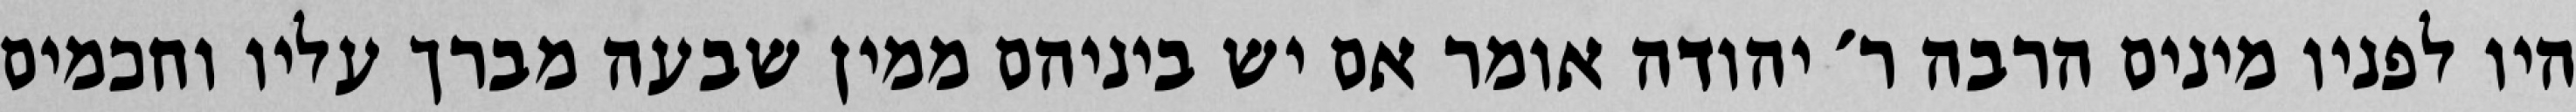
היו לפניו מינים הרבה ר׳ יהודה אומר אם יש ביניהם ממין שבעה מברך עליו וחכמים